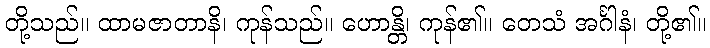
တို့သည်။ ထာမဇာတာနိ၊ ကုန်သည်။ ဟောန္တိ၊ ကုန်၏။ တေသံ အင်္ဂါနံ၊ တို့၏။